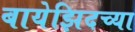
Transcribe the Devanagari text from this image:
बायेझिदच्या